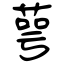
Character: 萼